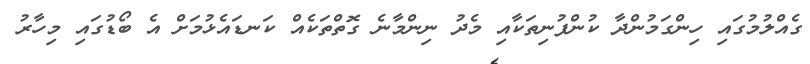
ގެއްލުމުގައި ހިންގަމުންދާ ކުންފުނިތަކާއި މެދު ނިންމާނެ ގޮތްތަކެއް ކަނޑައެޅުމަށް އެ ބޯޑުގައި މިހާރު